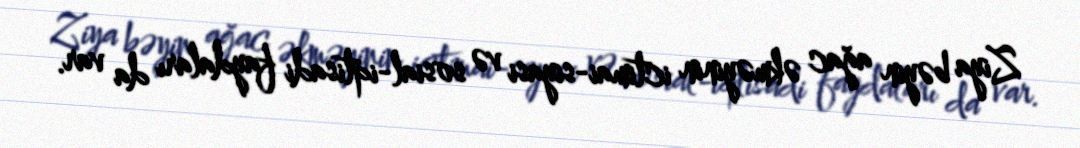
Ziya bəyin ağac əkməyinin ictimai-siyasi və sosial-iqtisadi faydaları da var.